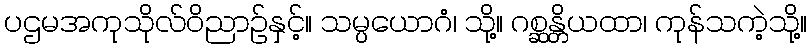
ပဌမအကုသိုလ်ဝိညာဉ်နှင့်။ သမ္ပယောဂံ၊ သို့။ ဂစ္ဆန္တိယထာ၊ ကုန်သကဲ့သို့။